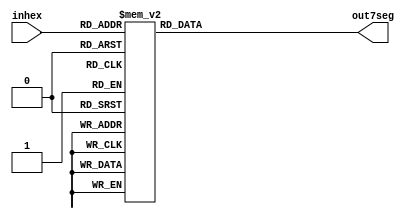
module hex7seg(input [3:0] inhex,
        output [6:0] out7seg);
parameter invert=0;
reg [6:0] out7seg_aux;
always @(*)
    case (inhex)
     4'h0: out7seg_aux = 7'h3F;
     4'h1: out7seg_aux = 7'h06; 
     4'h2: out7seg_aux = 7'h5B; 
     4'h3: out7seg_aux = 7'h4F;
     4'h4: out7seg_aux = 7'h66; 
     4'h5: out7seg_aux = 7'h6D; 
     4'h6: out7seg_aux = 7'h7D; 
     4'h7: out7seg_aux = 7'h07;
     4'h8: out7seg_aux = 7'h7F;
     4'h9: out7seg_aux = 7'h67; 
     4'hA: out7seg_aux = 7'h77; 
     4'hB: out7seg_aux = 7'h7C;
     4'hC: out7seg_aux = 7'h39;
     4'hD: out7seg_aux = 7'h5E; 
     4'hE: out7seg_aux = 7'h79; 
     4'hF: out7seg_aux = 7'h71; 
     default: out7seg_aux = 7'h7F; 
     endcase     
assign out7seg=invert? ~(out7seg_aux): out7seg_aux;
endmodule